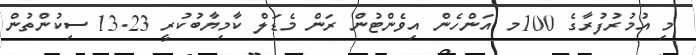
މި އުމުރުފުރާގެ 100މ އަންހެން އިވެންޓުން ރަން މެޑަލް ކާމިޔާބުކުރީ 13.23 ސިކުންތުން